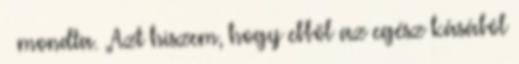
– mondta. „Azt hiszem, hogy ebből az egész kásából